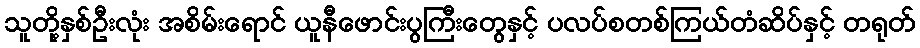
သူတို့နှစ်ဦးလုံး အစိမ်းရောင် ယူနီဖောင်းပွကြီးတွေနှင့် ပလပ်စတစ်ကြယ်တံဆိပ်နှင့် တရုတ်